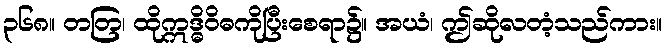
၃၆၈။ တတြ၊ ထိုဣဒ္ဓိဝိဓကိုပြီးစေရာ၌။ အယံ၊ ဤဆိုလတံ့သည်ကား။